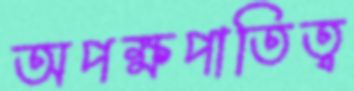
অপক্ষপাতিত্ব